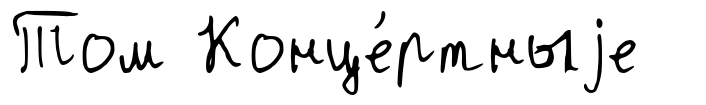
Том Конце́ртныjе